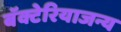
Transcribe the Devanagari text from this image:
बॅक्टेरियाजन्य